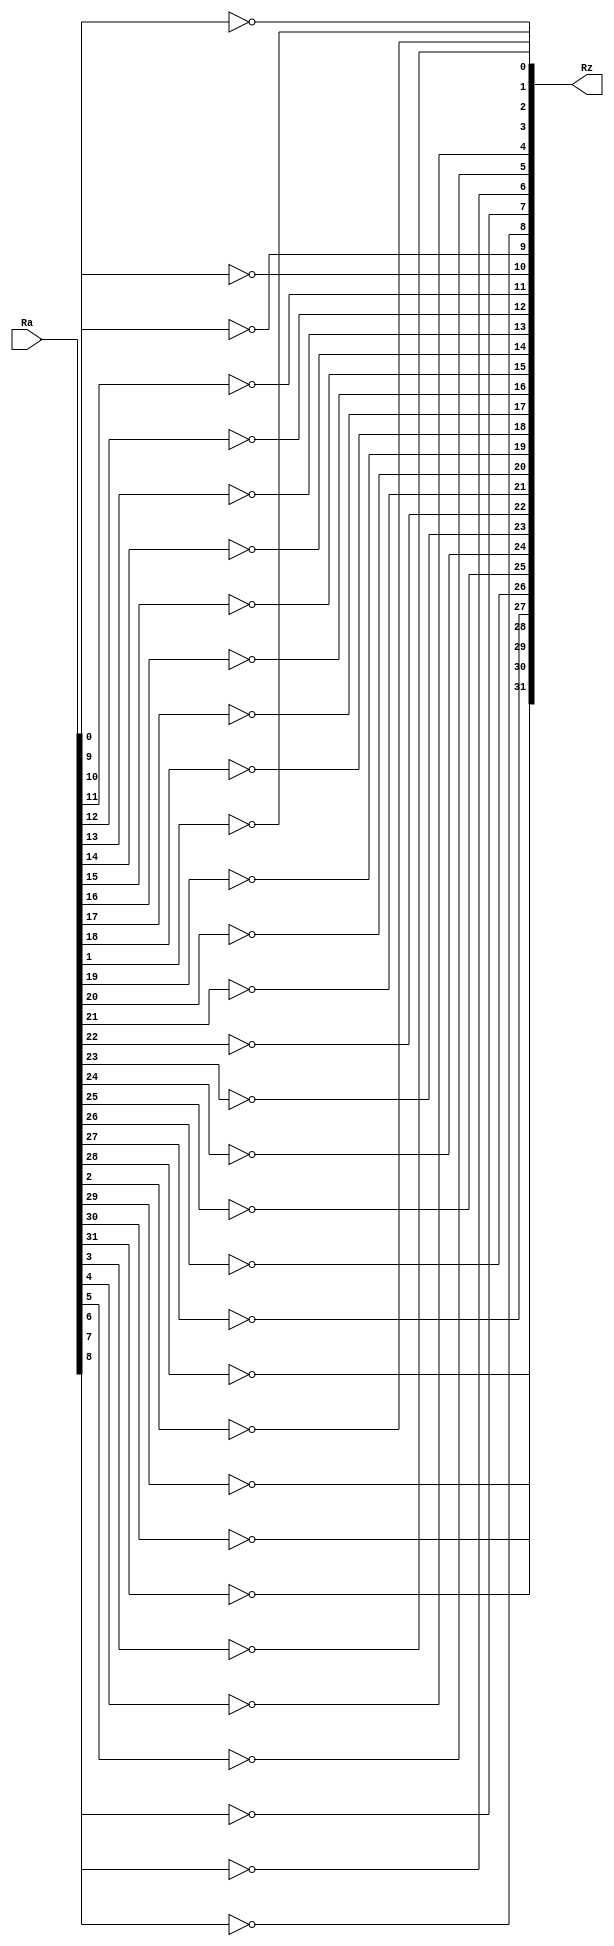
module not_32_bit(
	input wire [31:0] Ra,
	output wire [31:0] Rz
	);
	
	genvar i;
	generate
		for (i=0; i<32; i=i+1) begin : loop
			assign Rz[i] = !Ra[i];
		end
	endgenerate
endmodule